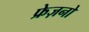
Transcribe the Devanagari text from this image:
फ्रेज़नो